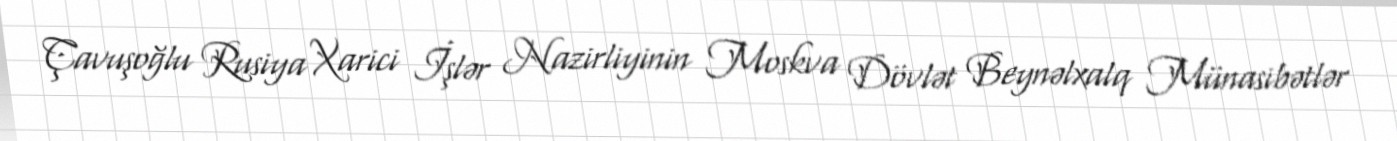
Çavuşoğlu Rusiya Xarici İşlər Nazirliyinin Moskva Dövlət Beynəlxalq Münasibətlər